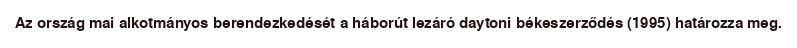
Az ország mai alkotmányos berendezkedését a háborút lezáró daytoni békeszerződés (1995) határozza meg.